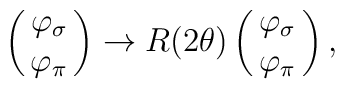
\left(       \matrix{ \varphi_\sigma  \cr \varphi_\pi }    \right)      \rightarrow   R(2\theta)   \left(       \matrix{ \varphi_\sigma  \cr \varphi_\pi }    \right),